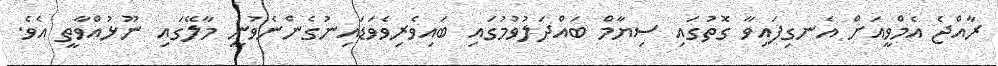
ރާއްޖެ އެމްވީއަށް އެނގިފައިވާ ގޮތުގައި ސިޔާމް ބައްދަލުވުމުގައި ބައިވެރިވެވަޑައިނުގެންނެވުނީ މާލޭގައި ނޫޅުއްވާތީ އެވެ.